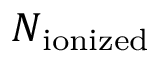
N _ { \mathrm { i o n i z e d } }